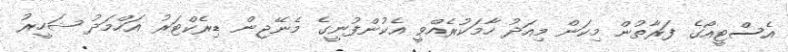
އެސްޓީއޯގެ ފަރާތުން މިކަން މިއަދު ހާމަކުރެއްވީ އެކުންފުނީގެ މެނޭޖިން ޑިރެކްޓަރު އަހްމަދު ޝަހީރު